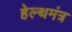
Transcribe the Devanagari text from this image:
हेल्थमंत्र